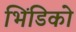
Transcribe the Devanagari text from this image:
भिंडिको